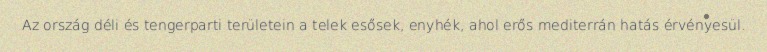
Az ország déli és tengerparti területein a telek esősek, enyhék, ahol erős mediterrán hatás érvényesül.